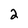
Character: 2